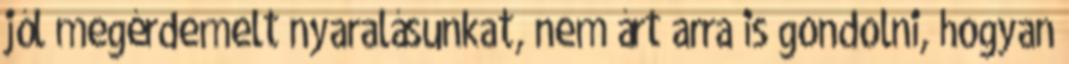
jól megérdemelt nyaralásunkat, nem árt arra is gondolni, hogyan